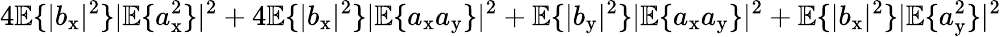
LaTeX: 4\mathbb{E}\{ |b_{\mathrm{x}}|^{2}\} |\mathbb{E}\{ a_{\mathrm{x}}^{2}\} |^{2}+4\mathbb{E}\{ |b_{\mathrm{x}}|^{2}\} |\mathbb{E}\{ a_{\mathrm{x}}a_{\mathrm{y}}\} |^{2}+\mathbb{E}\{ |b_{\mathrm{y}}|^{2}\} |\mathbb{E}\{ a_{\mathrm{x}}a_{\mathrm{y}}\} |^{2}+\mathbb{E}\{ |b_{\mathrm{x}}|^{2}\} |\mathbb{E}\{ a_{\mathrm{y}}^{2}\} |^{2}